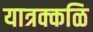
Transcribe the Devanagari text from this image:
यात्रक्कळि